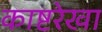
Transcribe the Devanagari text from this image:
काष्टरेखा